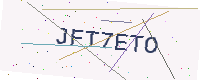
Text: JFT7ETO